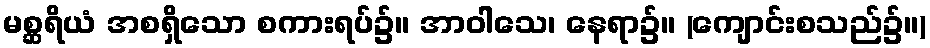
မစ္ဆရိယံ အစရှိသော စကားရပ်၌။ အာဝါသေ၊ နေရာ၌။ (ကျောင်းစသည်၌။)